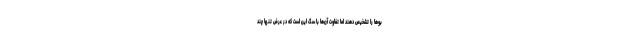
بوها را تشخیص دهند اما تفاوت آن‌ها با سگ این است که در عرض تنها چند